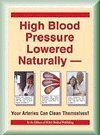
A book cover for High Blood Pressure Lowered Naturally: Your Arteries Can Clean Themselves; Health, Fitness & Dieting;